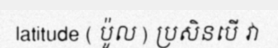
latitude ( ប៉ូល ) ប្រសិនបើ វា